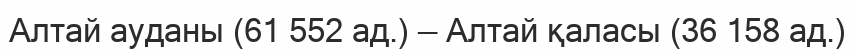
Алтай ауданы (61 552 ад.) — Алтай қаласы (36 158 ад.)